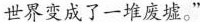
世界变成了一堆废墟。”